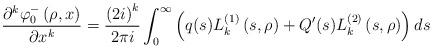
LaTeX: \begin{align*}\frac{\partial^{k}\varphi_{0}^{-}\left( \rho,x\right) }{\partial x^{k}}=\frac{\left( 2i\right) ^{k}}{2\pi i}\int_{0}^{\infty}\left(q(s)L_{k}^{\left( 1\right) }\left( s,\rho\right) +Q^{\prime}(s)L_{k}^{\left( 2\right) }\left( s,\rho\right) \right) ds\end{align*}